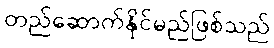
တည်ဆောက်နိုင်မည်ဖြစ်သည်